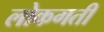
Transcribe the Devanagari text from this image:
लोकगती